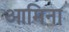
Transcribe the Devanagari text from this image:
आमिना